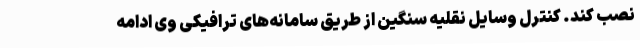
نصب کند. کنترل وسایل نقلیه سنگین از طریق سامانه‌های ترافیکی وی ادامه